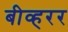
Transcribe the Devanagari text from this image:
बीव्हरर